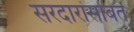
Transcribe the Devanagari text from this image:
सरदारांसोबत